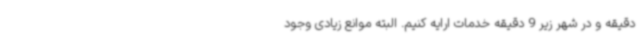
دقیقه و در شهر زیر 9 دقیقه خدمات ارایه کنیم. البته موانع زیادی وجود